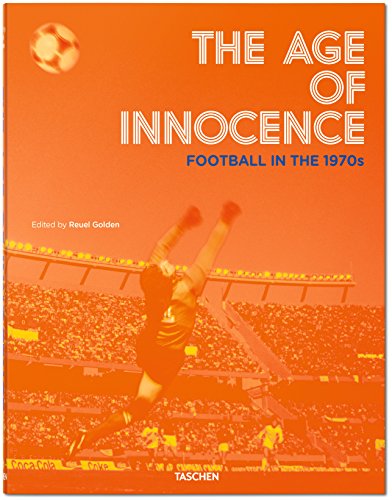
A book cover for The Age of Innocence: Football in the 1970s; Arts & Photography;